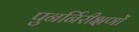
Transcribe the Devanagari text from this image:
पुनर्निरीक्षणों